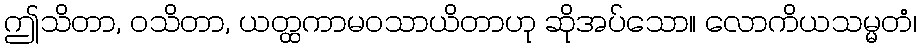
ဤသိတာ, ဝသိတာ, ယတ္ထကာမဝသာယိတာဟု ဆိုအပ်သော။ လောကိယသမ္မတံ၊